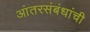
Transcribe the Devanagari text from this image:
आंतरसंबंधांची